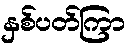
နှစ်ပတ်ကြာ